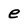
Character: e